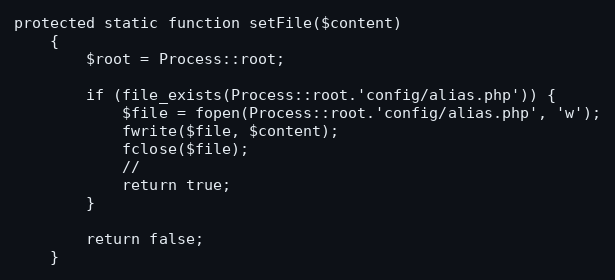
Language: PHP
protected static function setFile($content)
    {
        $root = Process::root;

        if (file_exists(Process::root.'config/alias.php')) {
            $file = fopen(Process::root.'config/alias.php', 'w');
            fwrite($file, $content);
            fclose($file);
            //
            return true;
        }

        return false;
    }